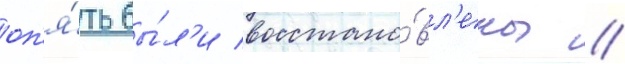
оп'я́ть бы́л'и восстано́вл'ены //